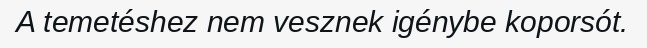
A temetéshez nem vesznek igénybe koporsót.